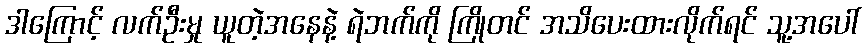
ဒါကြောင့် လက်ဦးမှု ယူတဲ့အနေနဲ့ ရဲဘက်ကို ကြိုတင် အသိပေးထားလိုက်ရင် သူ့အပေါ်